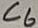
Text: C6